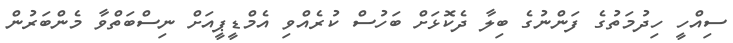
ސިއްހީ ހިދުމަތުގެ ފަންނުގެ ބިލާ ދެކޮޅަށް ބަހުސް ކުރެއްވި އެމްޑީޕީއަށް ނިސްބަތްވާ މެންބަރުން